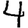
Digit: 4